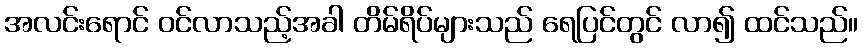
အလင်းရောင် ဝင်လာသည့်အခါ တိမ်ရိပ်များသည် ရေပြင်တွင် လာ၍ ထင်သည်။